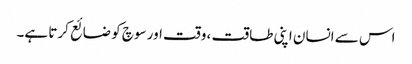
اس سے انسان اپنی طاقت ، وقت اور سوچ کو ضائع کرتا ہے۔